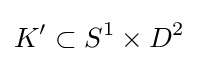
K'\subset S^{1}\times D^{2}